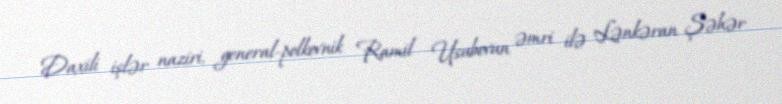
Daxili işlər naziri, general-polkovnik Ramil Usubovun əmri ilə Lənkəran Şəhər